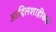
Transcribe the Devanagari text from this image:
आदिलशाहीकडे